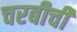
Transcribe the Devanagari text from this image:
चरबीची